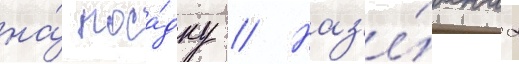
на́ поса́дку // Наз'е́мнаа